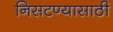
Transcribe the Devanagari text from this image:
निसटण्यासाठी